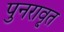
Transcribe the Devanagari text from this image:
पुनरावृ्त